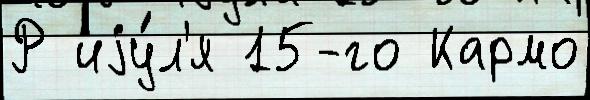
Р иjу́л'я 15-го Кармо